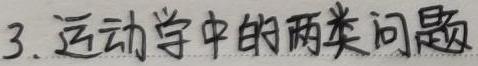
3. 运动学中的两类问题